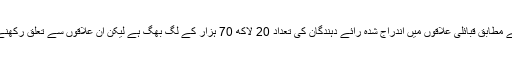
پاکستان میں انتخابات کے ذمہ دار ادارے 'الیکشن کمیشن آف پاکستان' کے مطابق قبائلی علاقوں میں اندراج شدہ رائے دہندگان کی تعداد 20 لاکھ 70 ہزار کے لگ بھگ ہے لیکن ان علاقوں سے تعلق رکھنے والے سرگرم سیاسی کارکنان اس تعداد پر تحفظات ظاہر کر رہے ہیں۔